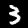
Label: 3